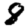
Digit: 8